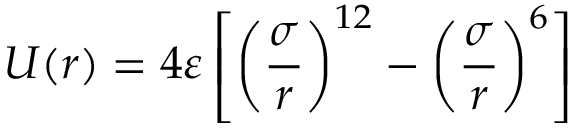
U ( r ) = 4 \varepsilon \left[ \left( { \frac { \sigma } { r } } \right) ^ { 1 2 } - \left( { \frac { \sigma } { r } } \right) ^ { 6 } \right]